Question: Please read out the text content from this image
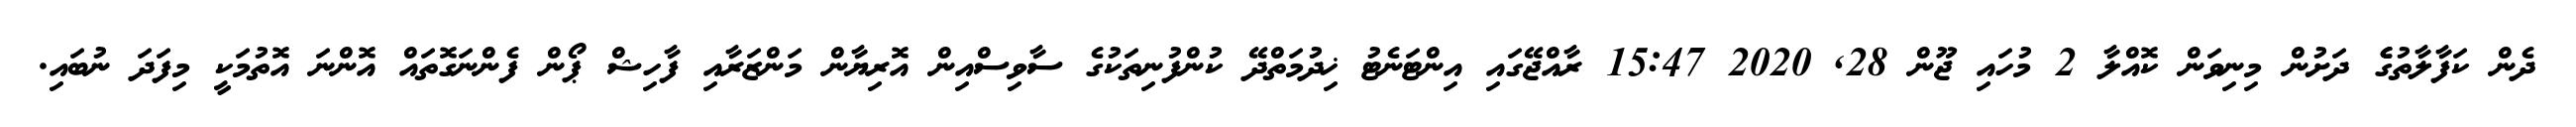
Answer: ދެން ކަފާލާތުގެެ ދަށުން މިނިވަން ކޮއްލާ 2 މުހައި ޖޫން 28, 2020 15:47 ރާއްޖޭގައި އިންޓަނެޓު ޚިދުމަތްދޭ ކުންފުނިތަކުގެ ސާވިސްއިން އޮރިޔާން މަންޒަރާއި ފާހިޝް ޕޯން ފެންނަގޮތައް އޮންނަ އޮތުމަކީ މިފަދަ ނުބައި.